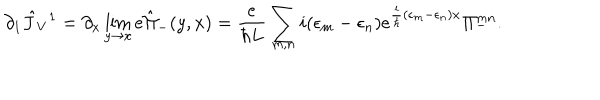
\partial _ { 1 } \hat { J } _ { V } { } ^ { 1 } = \partial _ { x } \lim _ { y \rightarrow x } e \hat { \Pi } _ { - } ( y , x ) = { \frac { e } { \hbar L } } \sum _ { m , n } i ( \epsilon _ { m } - \epsilon _ { n } ) e ^ { { \frac { i } { \hbar } } ( \epsilon _ { m } - \epsilon _ { n } ) x } \Pi _ { - } ^ { m n } .